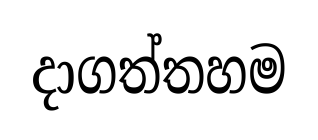
දාගත්තහම